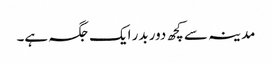
مدینہ سے کچھ دور بدر ایک جگہ ہے۔